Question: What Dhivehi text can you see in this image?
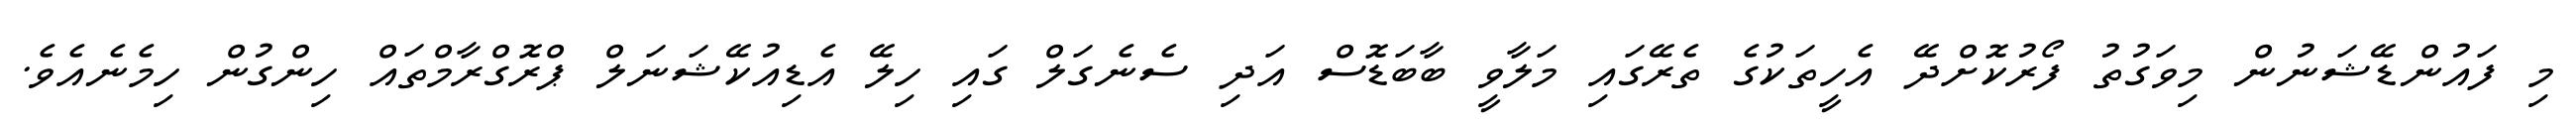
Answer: މި ފައުންޑޭޝަނުން މިވަގުތު ފޯރުކޮށްދޭ އެހީތަކުގެ ތެރޭގައި މަލާވީ ބާބަޑޮސް އަދި ސެނެގަލް ގައި ހިލޭ އެޑިއުކޭޝަނަލް ޕްރޮގްރާމްތައް ހިންގުން ހިމެނެއެވެ.